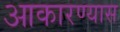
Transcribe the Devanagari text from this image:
आकारण्यास